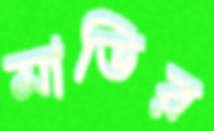
মাডির